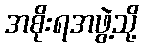
အစိုးရအဖွဲ့သို့